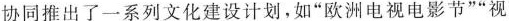
协同推出了一系列文化建设计划，如”欧洲电视电影节””视